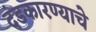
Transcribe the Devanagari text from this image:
दंडकारण्याचे